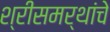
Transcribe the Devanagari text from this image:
श्रीसमर्थांचे